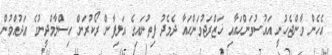
އެހެން ވާންޖެހުނީ އައުސުވަންހައާއި ޚަޒްރަޖުވަންހައާ ދެމެދު ފިތުނައިގެ އަލިފާން ރޯކުރަން އިސްލާމްދީނުގެ ޢަދުއްވުން